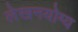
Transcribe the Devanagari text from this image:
लेखनयोग्य